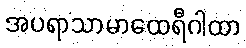
အပရာသာမာထေရီဂါထာ